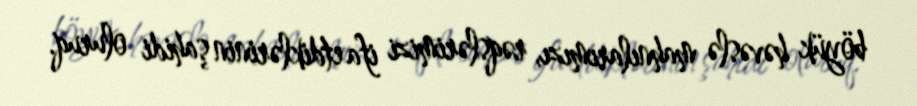
böyük həvəslə mahnılarımızı, rəqslərimizi ifa etdiklərinin şahidi oluruq.